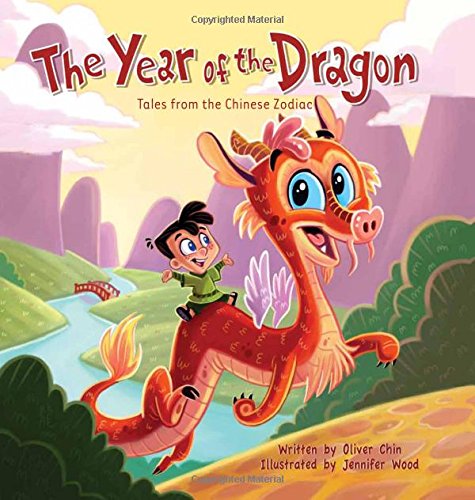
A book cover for The Year of the Dragon (Tales from the Chinese Zodiac); Oliver Chin; Children's Books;